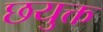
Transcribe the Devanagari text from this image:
छयुक्त